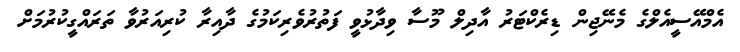
އެމްއޭސީއެލްގެ މެނޭޖިން ޑިރެކްޓަރު އާދިލް މޫސާ ވިދާޅުވީ ފަތުރުވެރިކަމުގެ ދާއިރާ ކުރިއަރުވާ ތަރައްގީކުރުމަށް